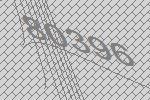
80396